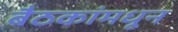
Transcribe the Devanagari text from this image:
बैठकांमधून